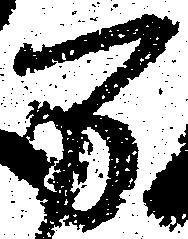
万